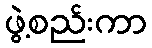
ဖွဲ့စည်းကာ